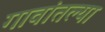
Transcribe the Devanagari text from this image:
गावांतल्या